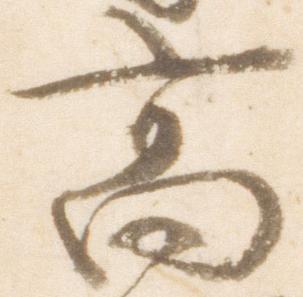
高